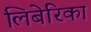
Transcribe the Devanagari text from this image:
लिबेरिका